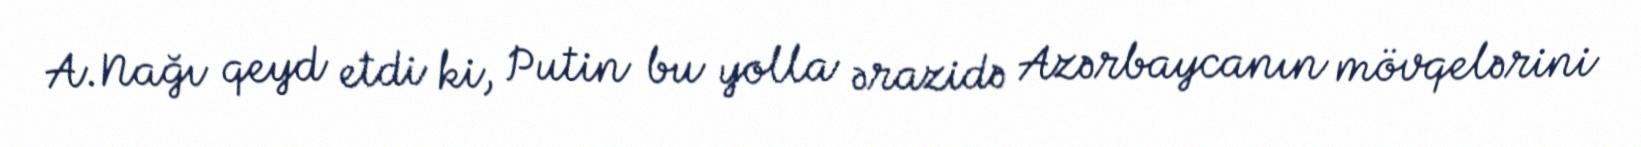
A.Nağı qeyd etdi ki, Putin bu yolla ərazidə Azərbaycanın mövqelərini